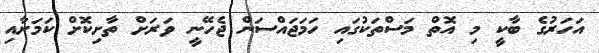
އަހަރުގެ ބާކީ މި އޮތް މަސްތަކުގައި ހަމަޖައްސަން ޖެހޭނީ ވަރަށް ތާށިކޮށް ކަމަށާއި